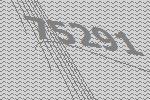
75291